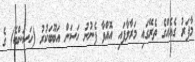
މާފަރު ގެއެއްގެ ތެރޭގައި މަރާލާފައި އޮއްވާ ފެނުނު ހަސަން އަބޫބަކުރު (ހަސަންބެ) ގެ